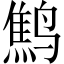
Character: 鹪